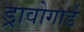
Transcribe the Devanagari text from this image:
ड्रावोगार्ड